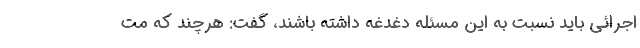
اجرائی باید نسبت به این مسئله دغدغه داشته باشند، گفت: هرچند که مت